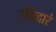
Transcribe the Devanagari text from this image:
उन्निदारं